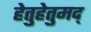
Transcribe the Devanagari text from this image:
हेतुहेतुमद्